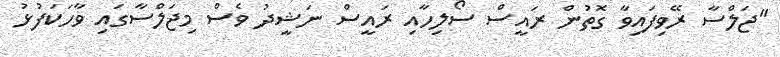
"ޖަލްސާ ރޭވިފައިވާ ގޮތުން ރައީސް ސޯލިހާއި ރައީސް ނަޝީދު ވެސް މިޖަލްސާގައި ވާހަކަފުޅު